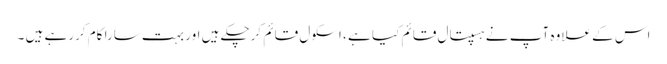
اس کے علاوہ آپ نے ہسپتال قائم کیا ہے ، اسکول قائم کرچکے ہیں اور بہت سارا کام کررہے ہیں ۔